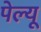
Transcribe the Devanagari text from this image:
पेल्यू